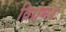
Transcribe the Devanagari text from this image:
विधेम॥